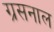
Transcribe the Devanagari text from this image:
ग्रसनाल